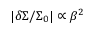
\vert \delta \Sigma / \Sigma _ { 0 } \vert \propto \beta ^ { 2 }